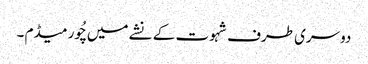
دوسری طرف شہوت کے نشے میں چُور میڈم ۔